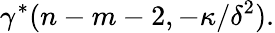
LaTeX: \gamma^{*}(n-m-2,-\kappa/{\delta}^{2}).